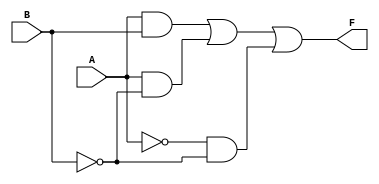
module two_variable_kmap (
    input wire A,  // Input A
    input wire B,  // Input B
    output wire F  // Output F
);

// Define the K-map values for each minterm
// For example, let's assume the following values:
// m0 = 1, m1 = 0, m2 = 1, m3 = 1
// This corresponds to F(A, B) = A + AB'

assign F = (A & B) | (A & ~B) | (~A & ~B); // F = A + AB' (for m0=1, m2=1, m3=1)

endmodule